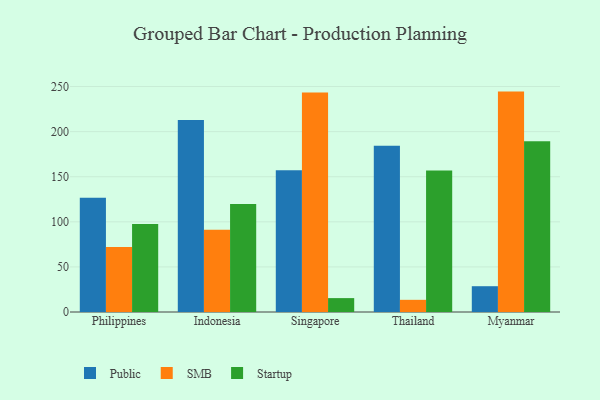
{"axis": {"x": "Country", "y": "Latency (ms)"}, "legend": ["Public", "SMB", "Startup"], "data": [{"x": "Philippines", "y": 126.7, "type": "Public"}, {"x": "Philippines", "y": 72.2, "type": "SMB"}, {"x": "Philippines", "y": 97.7, "type": "Startup"}, {"x": "Indonesia", "y": 213.0, "type": "Public"}, {"x": "Indonesia", "y": 91.1, "type": "SMB"}, {"x": "Indonesia", "y": 119.7, "type": "Startup"}, {"x": "Singapore", "y": 157.3, "type": "Public"}, {"x": "Singapore", "y": 243.5, "type": "SMB"}, {"x": "Singapore", "y": 15.4, "type": "Startup"}, {"x": "Thailand", "y": 184.3, "type": "Public"}, {"x": "Thailand", "y": 13.5, "type": "SMB"}, {"x": "Thailand", "y": 156.8, "type": "Startup"}, {"x": "Myanmar", "y": 28.6, "type": "Public"}, {"x": "Myanmar", "y": 244.4, "type": "SMB"}, {"x": "Myanmar", "y": 189.3, "type": "Startup"}]}